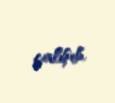
çalışıb.